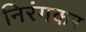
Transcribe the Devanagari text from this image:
निरंगकर